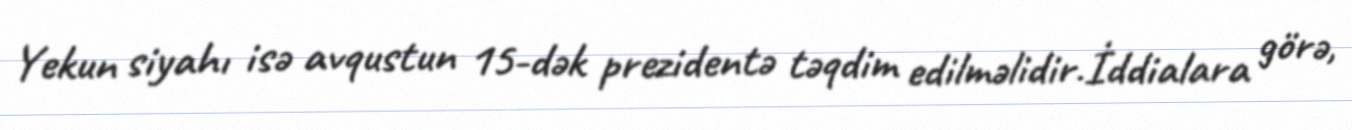
Yekun siyahı isə avqustun 15-dək prezidentə təqdim edilməlidir.İddialara görə,